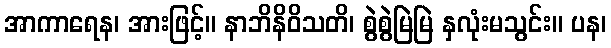
အာကာရေန၊ အားဖြင့်။ နာဘိနိဝိသတိ၊ စွဲစွဲမြဲမြဲ နှလုံးမသွင်း။ ပန၊